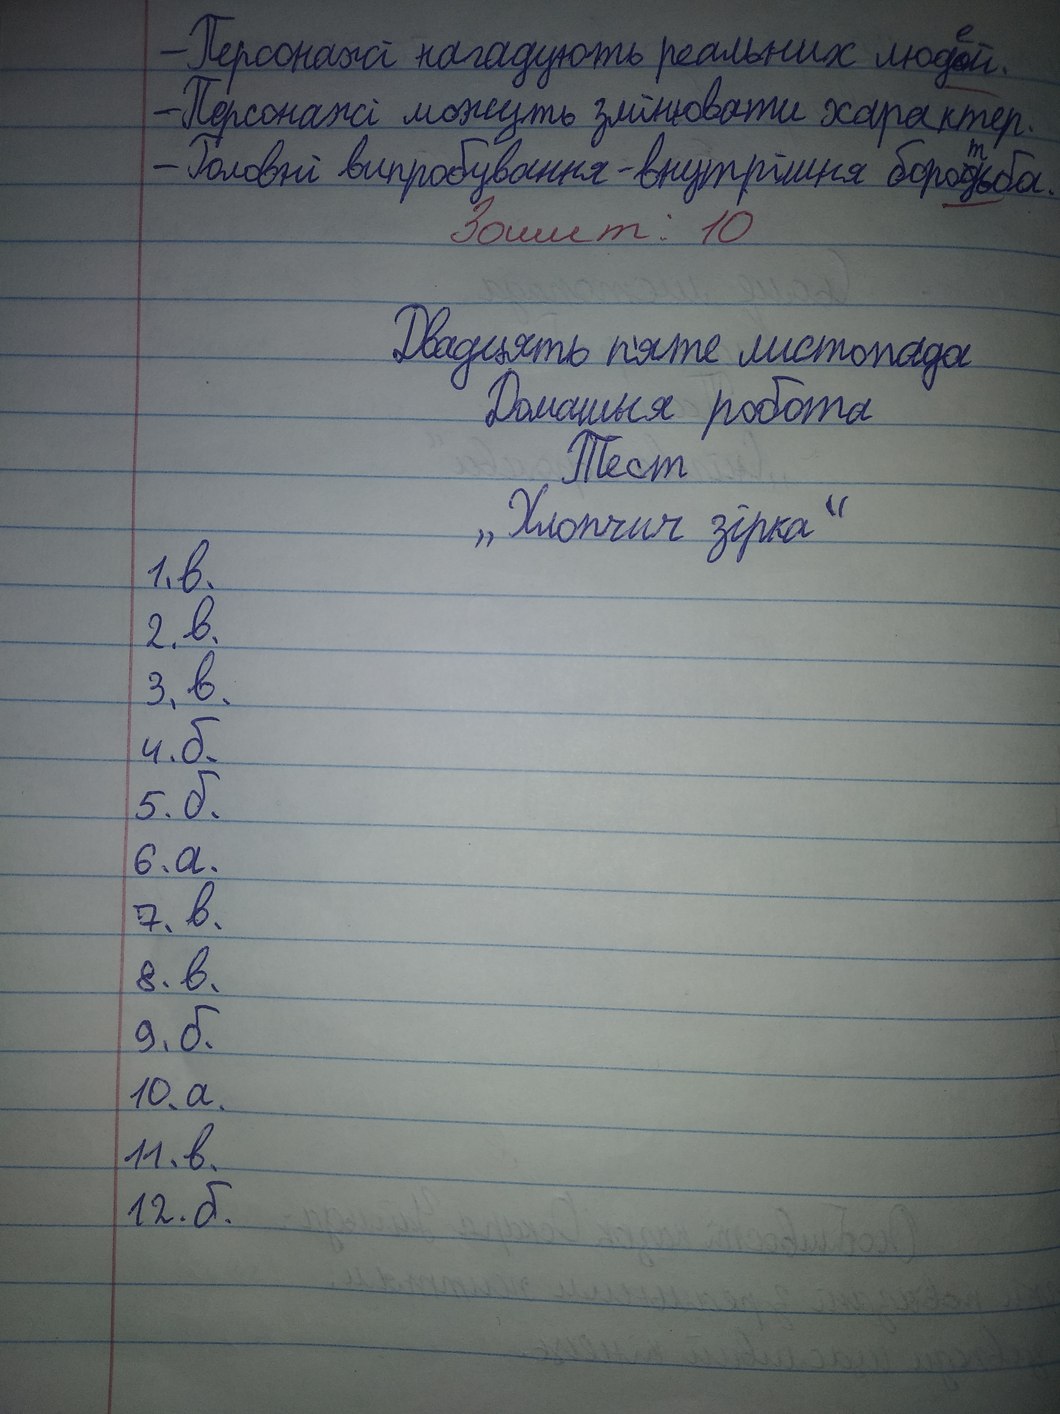
- Персонажі нагадують реальних люд~~о~~{е}й.
- Персонажі можуть змінювати характер.
- Головні випробування - внутрішня боро~~д~~{т}ьба.
Зошит: 10
Двадцять п'яте листопада
Домашня робота
Тест
„Хлопчич зірка“
1. в.
2. в.
3. в.
4.б.
5.б.
6.a.
7. в.
8. в.
9. б.
10. a.
11. в.
12. б.